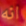
انه